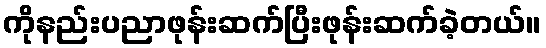
ကိုနည်းပညာဖုန်းဆက်ပြီးဖုန်းဆက်ခဲ့တယ်။